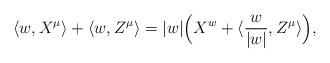
LaTeX: \begin{align*}\langle w,X^\mu\rangle + \langle w, Z^\mu\rangle = |w| \Big(X^w + \langle \frac{w}{|w|}, Z^\mu\rangle\Big),\end{align*}